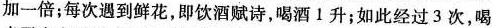
加一倍；每次遇到鲜花，即饮酒赋诗，喝酒1升；如此经过3次，喝